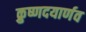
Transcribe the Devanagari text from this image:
क्रुष्णदयार्णव